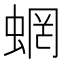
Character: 蝄